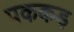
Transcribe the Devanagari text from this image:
पककड़